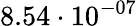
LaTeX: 8.54\cdot 10^{-07}